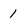
Character: 1